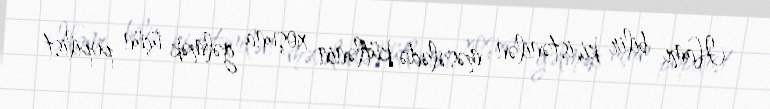
Hamı bilir ki, istənilən məsələdə kütlənin xoşuna gəlmək üçün popilist